Scottish Certificate of Education, 1962
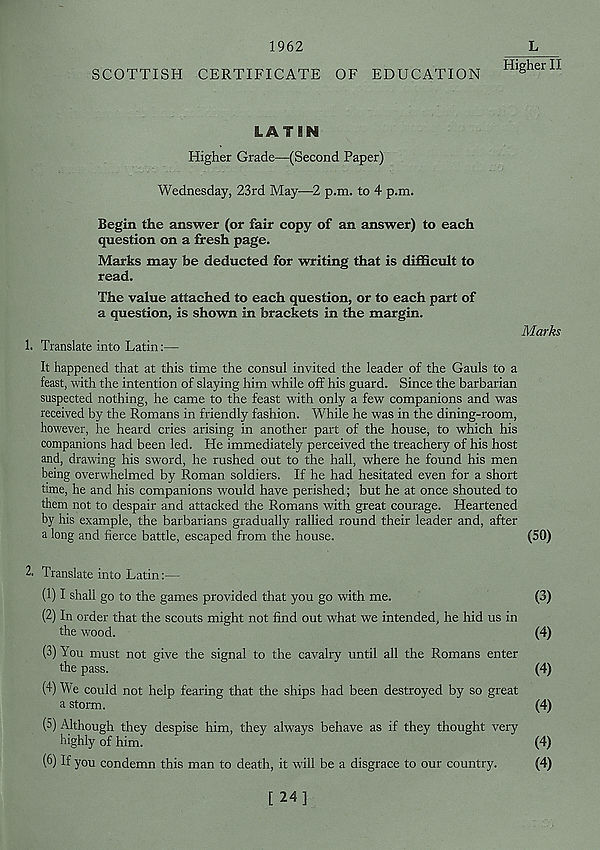
1962
L
Higher II
SCOTTISH CERTIFICATE OF EDUCATION
LATIN
Higher Grade—(Second Paper)
Wednesday, 23rd May—2 p.m. to 4 p.m.
Begin the answer (or fair copy of an answer) to each
question on a fresh page.
Marks may be deducted for writing that is difficult to
read.
The value attached to each question, or to each part of
a question, is shown in brackets in the margin.
1. Translate into Latin:—
Marks
It happened that at this time the consul invited the leader of the Gauls to a
feast, with the intention of slaying him while off his guard. Since the barbarian
suspected nothing, he came to the feast with only a few companions and was
received by the Romans in friendly fashion. While he was in the dining-room,
however, he heard cries arising in another part of the house, to which his
companions had been led. He immediately perceived the treachery of his host
and, drawing his sword, he rushed out to the hall, where he found his men
being overwhelmed by Roman soldiers. If he had hesitated even for a short
time, he and his companions would have perished; but he at once shouted to
them not to despair and attacked the Romans with great courage. Heartened
by his example, the barbarians gradually rallied round their leader and, after
a long and fierce battle, escaped from the house.
(SO)
2. Translate into Latin:—
(1) I shall go to the games provided that you go with me.
(3)
(2) In order that the scouts might not find out what we intended, he hid us in
the wood.
(4)
(3) \ou must not give the signal to the cavalry until all the Romans enter
the pass.
(4)
(4) 'We could not help fearing that the ships had been destroyed by so great
a storm.
(4)
(3) Although they despise him, they always behave as if they thought very
highly of him.
(4)
(6) If you condemn this man to death, it will be a disgrace to our country.
(4)
[24]